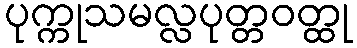
ပုက္ကုသမလ္လပုတ္တဝတ္ထု